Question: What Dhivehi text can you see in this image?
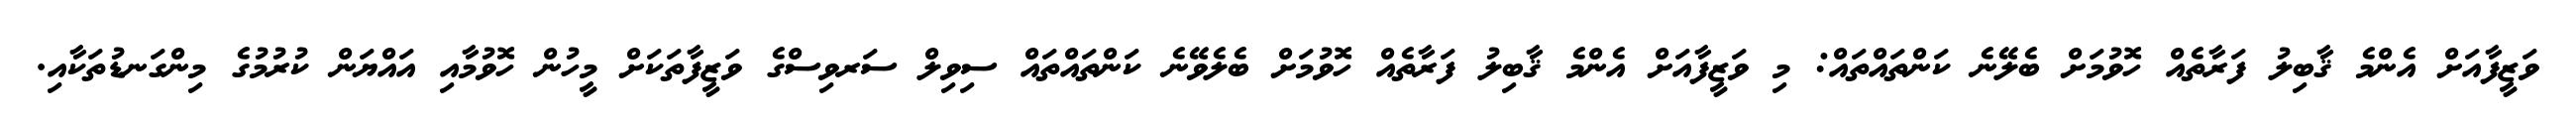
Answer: ވަޒީފާއަށް އެންމެ ޤާބިލު ފަރާތެއް ހޮވުމަށް ބެލޭނެ ކަންތައްތައް: މި ވަޒީފާއަށް އެންމެ ޤާބިލު ފަރާތެއް ހޮވުމަށް ބެލެވޭނެ ކަންތައްތައް ސިވިލް ސަރވިސްގެ ވަޒީފާތަކަށް މީހުން ހޮވުމާއި އައްޔަން ކުރުމުގެ މިންގަނޑުތަކާއި.